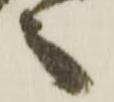
之